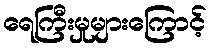
ရေကြီးမှုများကြောင့်